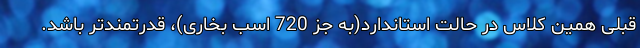
قبلی همین کلاس در حالت استاندارد(به جز 720 اسب بخاری)، قدرتمندتر باشد.